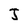
Character: J